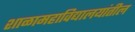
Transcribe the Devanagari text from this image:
शाळामहाविद्यालयांतील